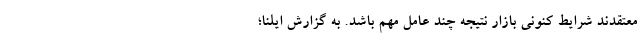
معتقدند شرایط کنونی بازار نتیجه چند عامل مهم باشد. به گزارش ایلنا؛